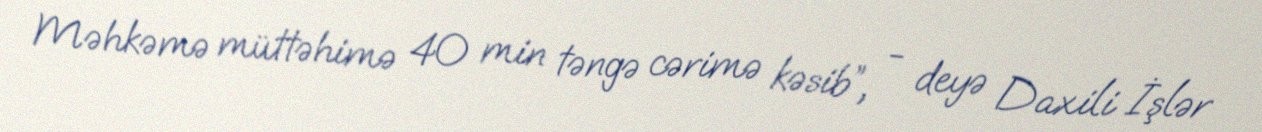
Məhkəmə müttəhimə 40 min təngə cərimə kəsib”, - deyə Daxili İşlər